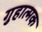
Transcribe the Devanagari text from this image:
गुहात्मक